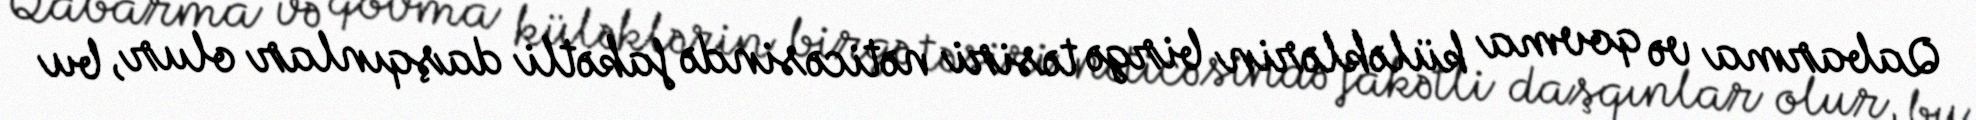
Qabarma və qovma küləklərin birgə təsiri nəticəsində fakətli daşqınlar olur, bu